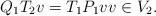
LaTeX: \begin{align*}Q_1T_2v=T_1P_1vv\in V_2.\end{align*}